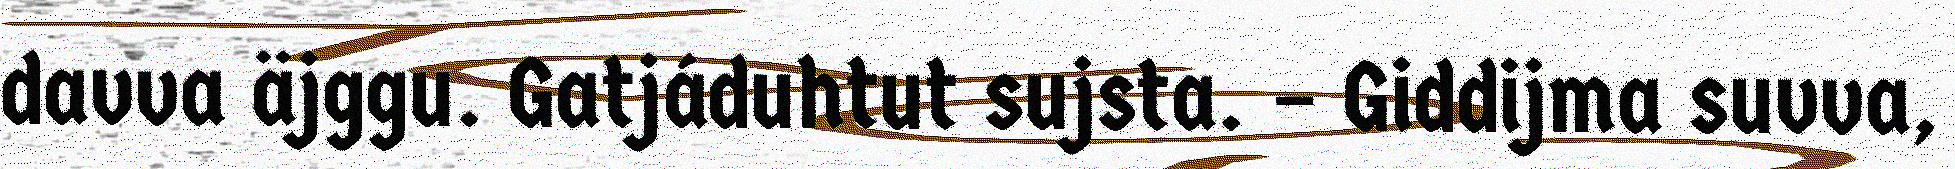
davva äjggu. Gatjáduhtut sujsta. – Giddijma suvva,